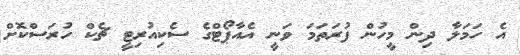
އެ ހަމަލާ ދިން މީހުން ފުރަތަމަ ވަނީ އެއާޕޯޓްގެ ސެކިއުރިޓީ ޗެކް ހުރަސްކޮށް